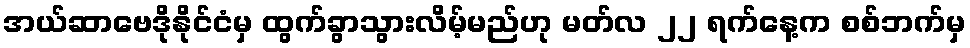
အယ်ဆာဗေဒိုနိုင်ငံမှ ထွက်ခွာသွားလိမ့်မည်ဟု မတ်လ ၂၂ ရက်နေ့က စစ်ဘက်မှ